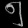
Digit: ၅